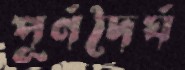
পূর্ণদৈর্ঘ